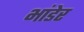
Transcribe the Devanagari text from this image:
भांडेर